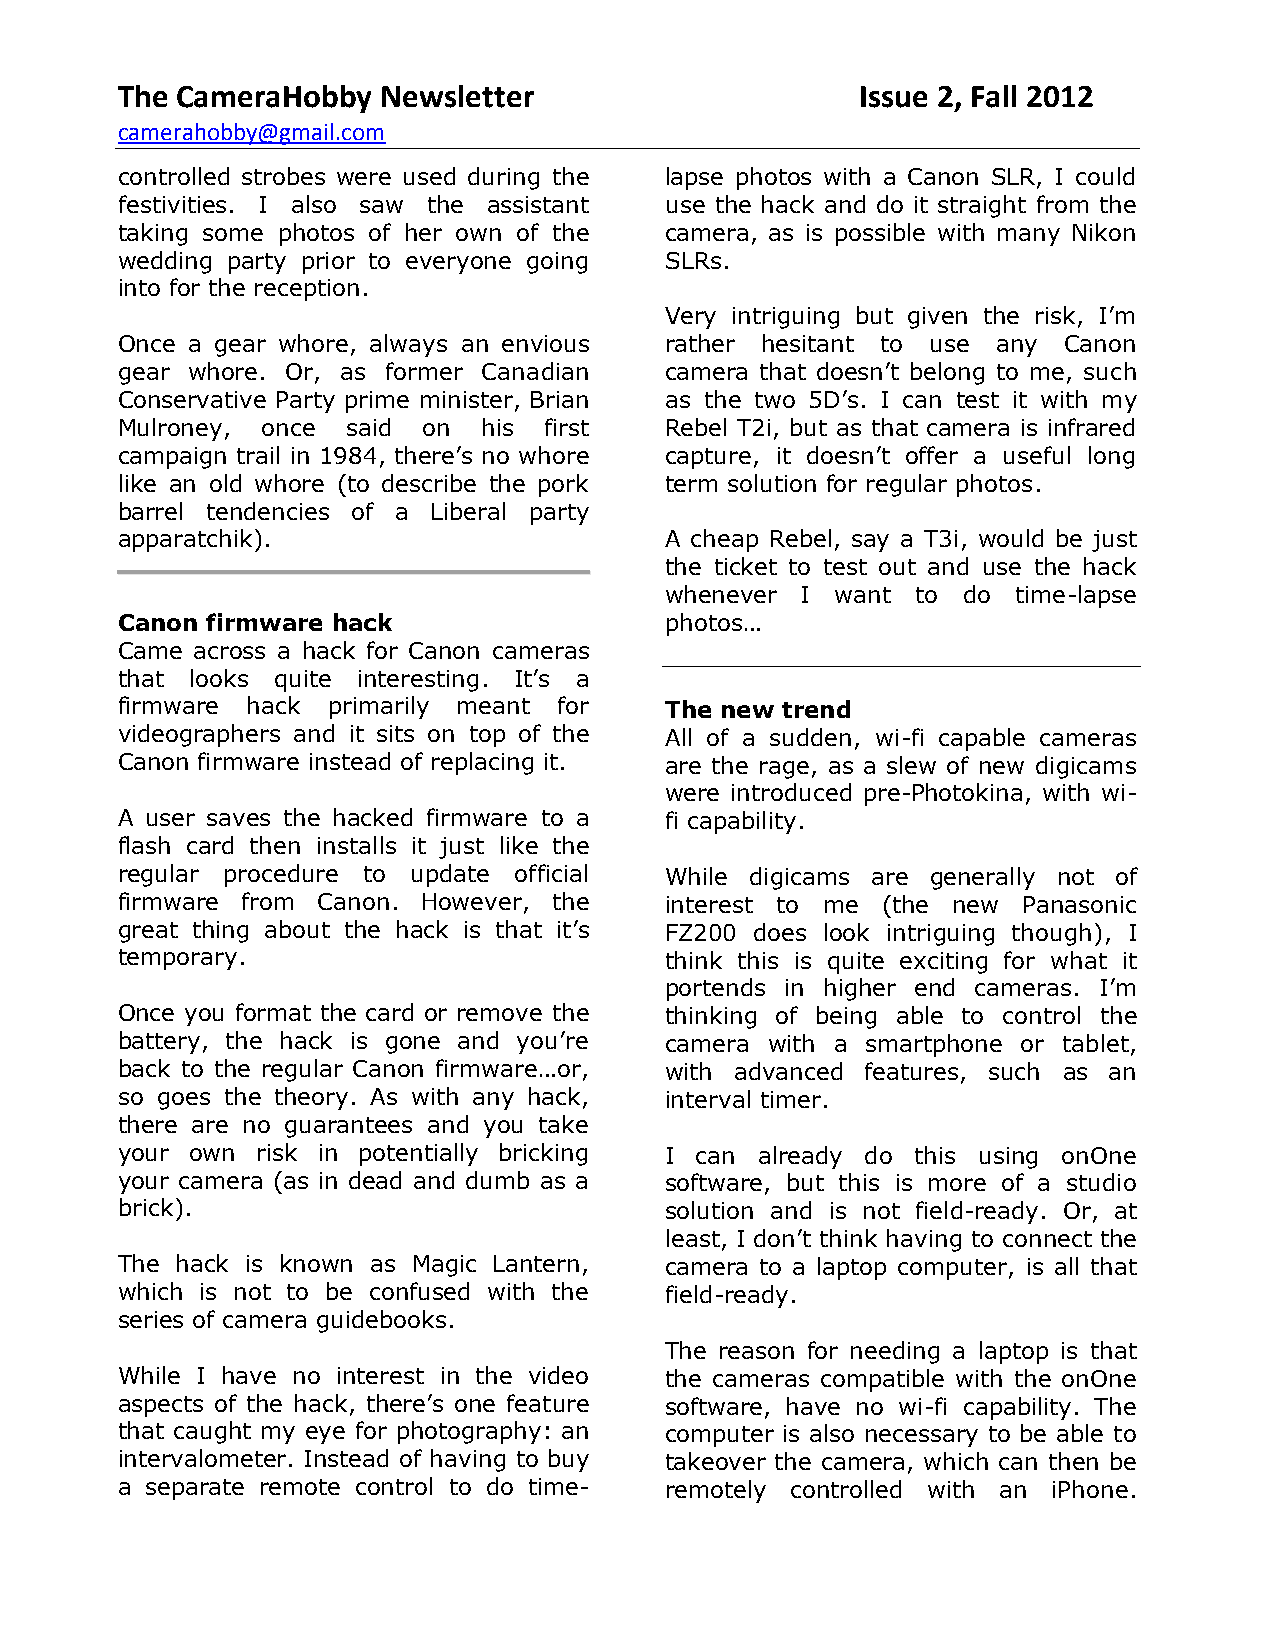
The CameraHobby  Newsletter                      Issue 2, Fall 2012
 camerahobby@gmail.com
 controlled strobes were used during the lapse photos with a Canon SLR, I could
 festivities. I also saw the assistant use the hack and do it straight from the
 taking some photos of her own of the camera, as is possible with many Nikon
 wedding party prior to everyone going SLRs.
 into for the reception.
 Very intriguing but given the risk, I’m
 Once a gear whore, always an envious rather hesitant to use any Canon
 gear whore. Or, as former Canadian  camera that doesn’t belong to me, such
 Conservative Party prime minister, Brian as the two 5D’s. I can test it with my
 Mulroney, once said on  his first   Rebel T2i, but as that camera is infrared
 campaign trail in 1984, there’s no whore capture, it doesn’t offer a useful long
 like an old whore (to describe the pork term solution for regular photos.
 barrel tendencies of a Liberal party
 apparatchik).                       A cheap Rebel, say a T3i, would be just
 the ticket to test out and use the hack
 whenever I want  to do time-lapse
 Canon firmware hack                 photos…
 Came across a hack for Canon cameras
 that looks quite interesting. It’s a
 firmware hack primarily meant for   The new trend
 videographers and it sits on top of the All of a sudden, wi-fi capable cameras
 Canon firmware instead of replacing it. are the rage, as a slew of new digicams
 were introduced pre-Photokina, with wi-
 A user saves the hacked firmware to a fi capability.
 flash card then installs it just like the
 regular procedure to update official While digicams are generally not of
 firmware from Canon. However, the   interest to me (the new Panasonic
 great thing about the hack is that it’s FZ200 does look intriguing though), I
 temporary.                          think this is quite exciting for what it
 portends in higher end cameras. I’m
 Once you format the card or remove the thinking of being able to control the
 battery, the hack is gone and you’re camera with a smartphone or tablet,
 back to the regular Canon firmware…or, with advanced features, such as an
 so goes the theory. As with any hack, interval timer.
 there are no guarantees and you take
 your own risk in potentially bricking I can already do this using onOne
 your camera (as in dead and dumb as a software, but this is more of a studio
 brick).                             solution and is not field-ready. Or, at
 least, I don’t think having to connect the
 The hack is known as Magic Lantern, camera to a laptop computer, is all that
 which is not to be confused with the field-ready.
 series of camera guidebooks.
 The reason for needing a laptop is that
 While I have no interest in the video the cameras compatible with the onOne
 aspects of the hack, there’s one feature software, have no wi-fi capability. The
 that caught my eye for photography: an computer is also necessary to be able to
 intervalometer. Instead of having to buy takeover the camera, which can then be
 a separate remote control to do time- remotely controlled with an iPhone.